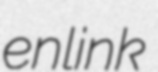
enlink